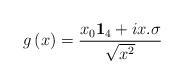
LaTeX: \begin{align*}g\left( x\right) =\frac{x_{0}\mathbf{1}_{4}+ix.\sigma }{\sqrt{x^{2}}}\end{align*}